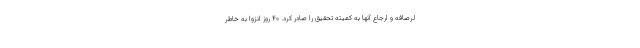
لرصافه و ارجاع آنها به کمیته تحقیق را صادر کرد. ۴۰ روز انزوا به خاطر